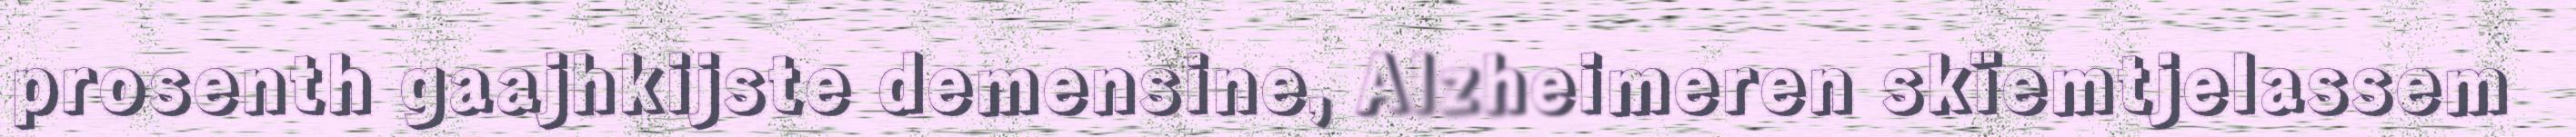
prosenth gaajhkijste demensine, Alzheimeren skïemtjelassem